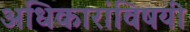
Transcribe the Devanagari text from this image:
अधिकारांविषयी